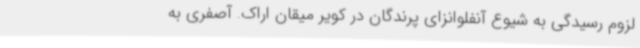
لزوم رسیدگی به شیوع آنفلوانزای پرندگان در کویر میقان اراک. آصفری به